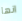
انها